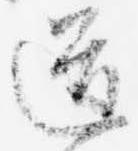
道